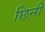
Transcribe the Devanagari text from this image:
छिनी